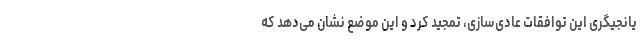
یانجیگری این توافقات عادی‌سازی، تمجید کرد و این موضع نشان می‌دهد که